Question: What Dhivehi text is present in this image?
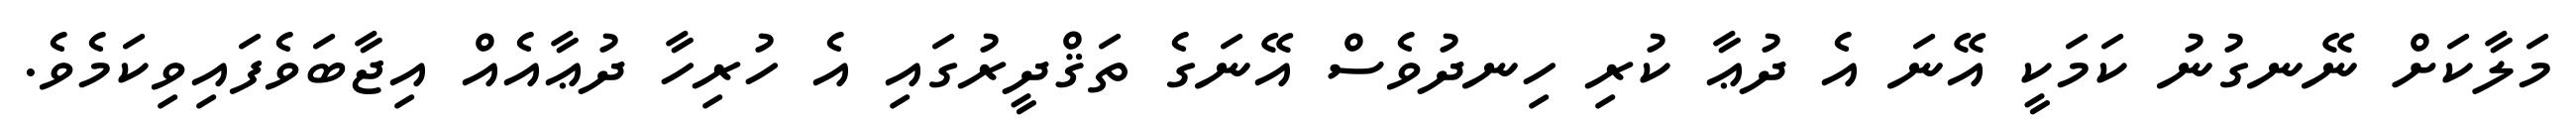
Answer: މަލާކަށް ނޭނގުނު ކަމަކީ އޭނަ އެ ދުޢާ ކުރި ހިނދުވެސް އޭނަގެ ތަޤްދީރުގައި އެ ހުރިހާ ދުޢާއެއް އިޖާބަވެފައިވިކަމެވެ.